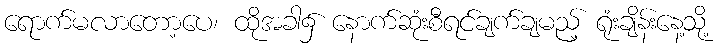
ရောက်မလာတော့ပေ၊ ထိုအခါ၌ နောက်ဆုံးစီရင်ချက်ချမည့် ရုံးချိန်းနေ့သို့